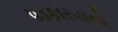
પડકારવાનો